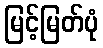
မြင့်မြတ်ပုံ